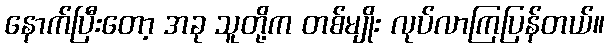
နောက်ပြီးတော့ အခု သူတို့က တစ်မျိုး လုပ်လာကြပြန်တယ်။